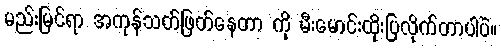
မည်းမြင်ရာ အကုန်သတ်ဖြတ်နေတာ ကို မီးမောင်းထိုးပြလိုက်တာပါပဲ။